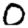
Digit: 0